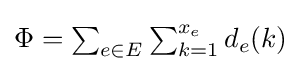
\textstyle \Phi =\sum _{e\in E}\sum _{k=1}^{x_{e}}d_{e}(k)